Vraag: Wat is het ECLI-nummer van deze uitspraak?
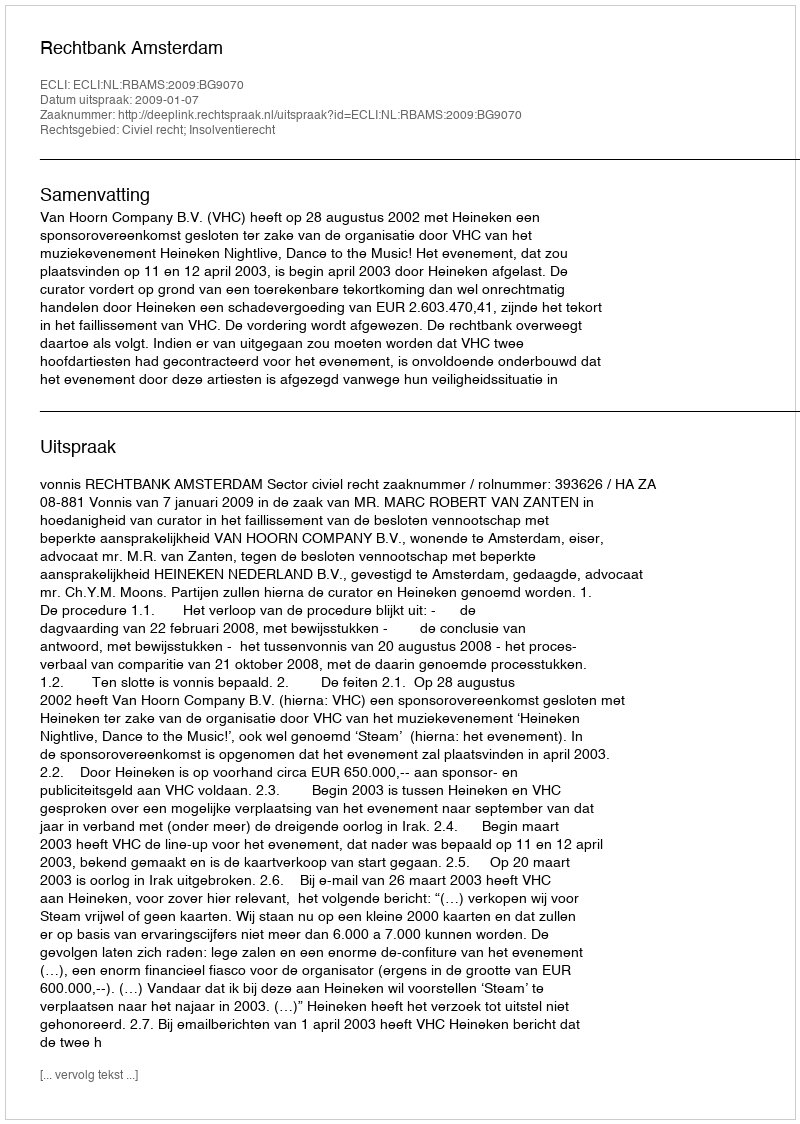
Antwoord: ECLI:NL:RBAMS:2009:BG9070